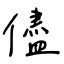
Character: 儘